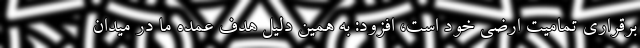
برقراری تمامیت ارضی خود است، افزود: به همین دلیل هدف عمده ما در میدان